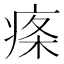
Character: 𤶫